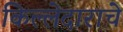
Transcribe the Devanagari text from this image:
किल्लेदाराचे